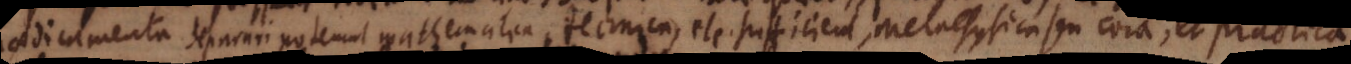
praedicamenta. Separari poterunt mathematica, technica, etc. Sufficient, metaphysica seu communia, et practica,